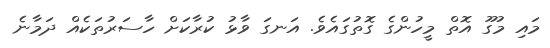
މައި މުގޫ އޮތް މީހުންގެ ގޮތުގައެވެ. އަނގަ ވާޅު ކުރާކަށް ހާސަރުތަކެއް ދަމާނެ